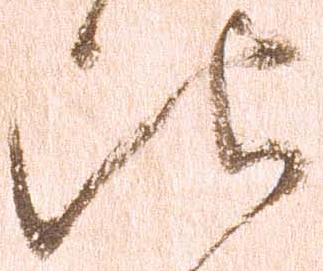
比